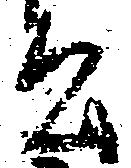
公